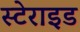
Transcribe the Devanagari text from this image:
स्टेराइड